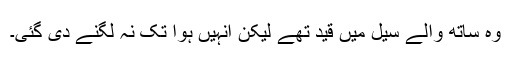
وہ ساتھ والے سیل میں قید تھے لیکن انہیں ہوا تک نہ لگنے دی گئی۔